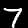
Digit: 7